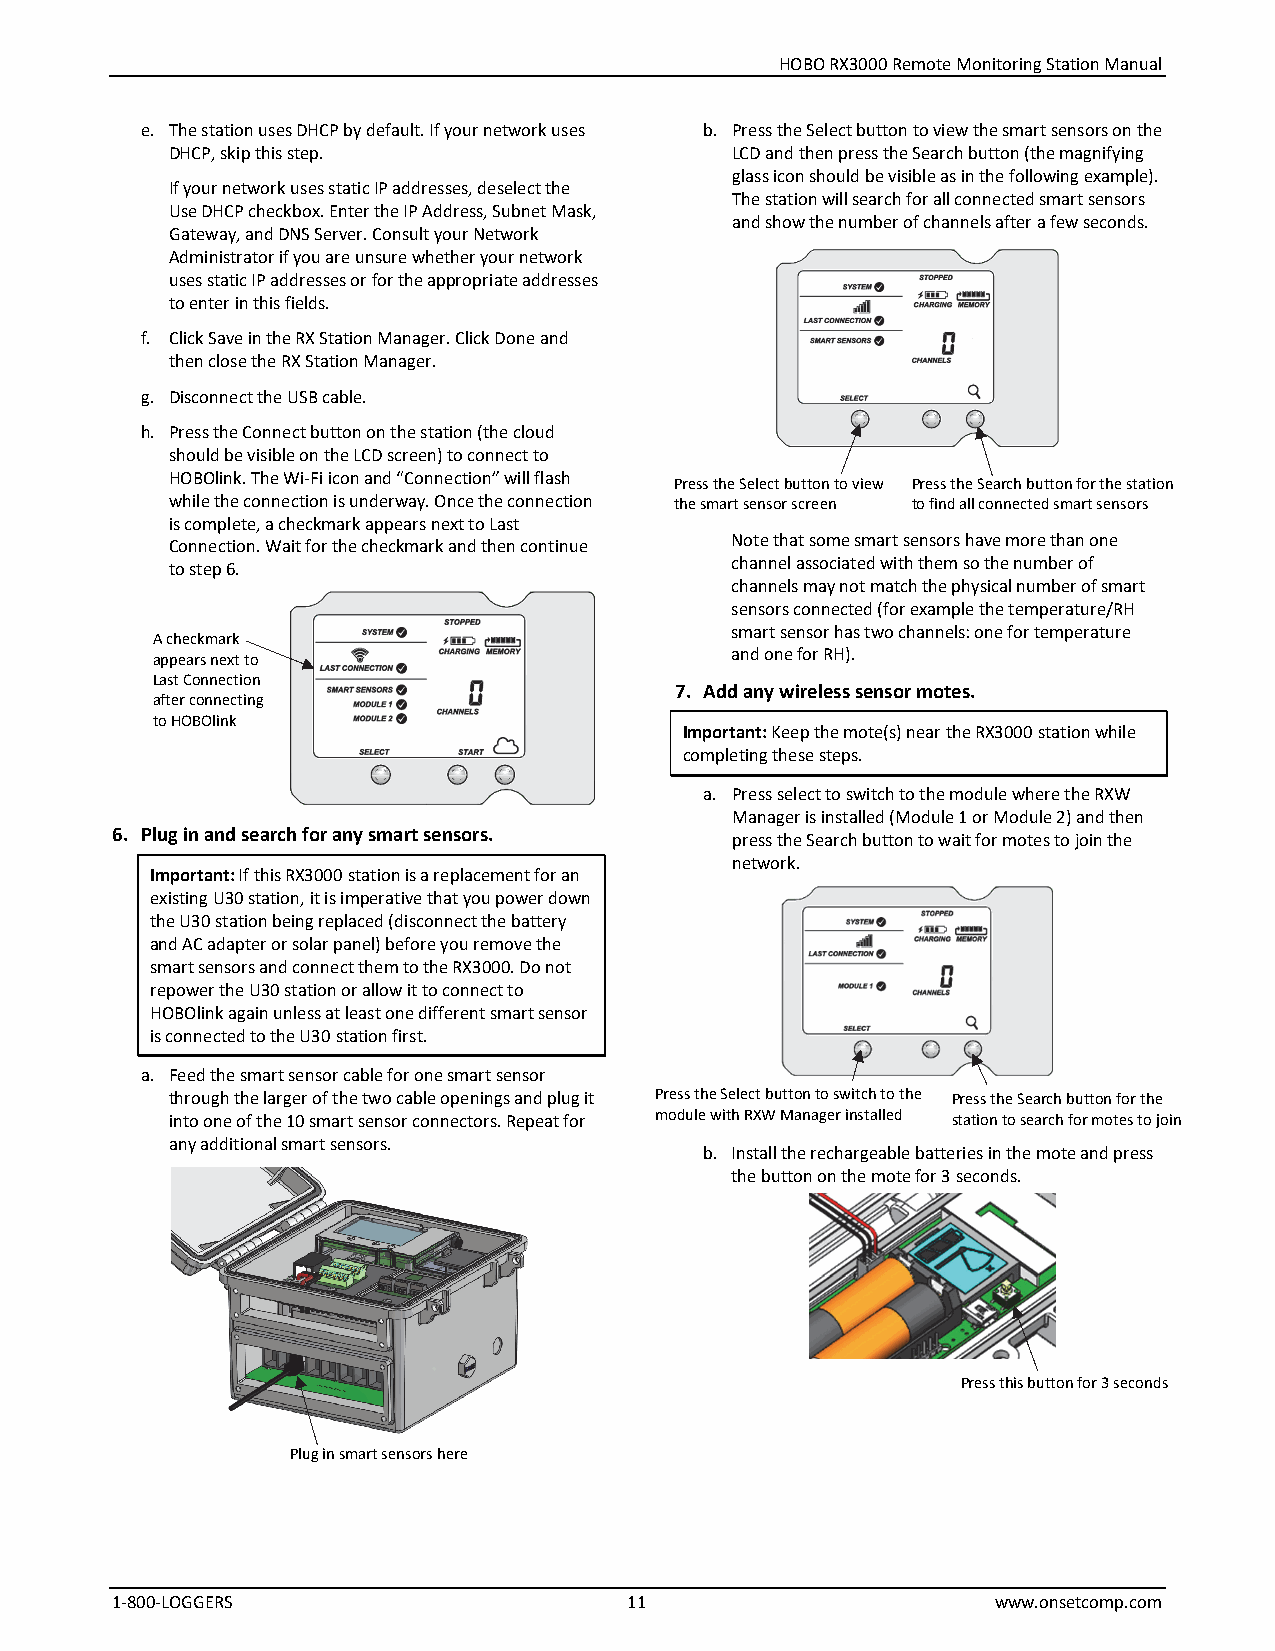
HOBO RX3000 Remote Monitoring Station Manual
 e. The station uses DHCP by default. If your network uses b. Press the Select button to view the smart sensors on the
 DHCP, skip this step.                LCD and then press the Search button (the magnifying
 glass icon should be visible as in the following example).
 If your network uses static IP addresses, deselect the
 The station will search for all connected smart sensors
 Use DHCP checkbox. Enter the IP Address, Subnet Mask,
 and show the number of channels after a few seconds.
 Gateway, and DNS Server. Consult your Network
 Administrator if you are unsure whether your network
 uses static IP addresses or for the appropriate addresses
 to enter in this fields.
 f. Click Save in the RX Station Manager. Click Done and
 then close the RX Station Manager.
 g. Disconnect the USB cable.
 h. Press the Connect button on the station (the cloud
 should be visible on the LCD screen) to connect to
 HOBOlink. The Wi-Fi icon and “Connection” will flash
 Press the Select button to view Press the Search button for the station
 while the connection is underway. Once the connection the smart sensor screen to find all connected smart sensors
 is complete, a checkmark appears next to Last
 Note that some smart sensors have more than one
 Connection. Wait for the checkmark and then continue
 channel associated with them so the number of
 to step 6.
 channels may not match the physical number of smart
 sensors connected (for example the temperature/RH
 smart sensor has two channels: one for temperature
 A checkmark
 appears next to                       and one for RH).
 Last Connection
 7. Add any wireless sensor motes.
 after connecting
 to HOBOlink
 Important: Keep the mote(s) near the RX3000 station while
 completing these steps.
 a. Press select to switch to the module where the RXW
 Manager is installed (Module 1 or Module 2) and then
 6. Plug in and search for any smart sensors.
 press the Search button to wait for motes to join the
 network.
 Important: If this RX3000 station is a replacement for an
 existing U30 station, it is imperative that you power down
 the U30 station being replaced (disconnect the battery
 and AC adapter or solar panel) before you remove the
 smart sensors and connect them to the RX3000. Do not
 repower the U30 station or allow it to connect to
 HOBOlink again unless at least one different smart sensor
 is connected to the U30 station first.
 a. Feed the smart sensor cable for one smart sensor
 through the larger of the two cable openings and plug it Press the Select button to switch to the Press the Search button for the
 into one of the 10 smart sensor connectors. Repeat for module with RXW Manager installed station to search for motes to join
 any additional smart sensors.
 b. Install the rechargeable batteries in the mote and press
 the button on the mote for 3 seconds.
 Press this button for 3 seconds
 Plug in smart sensors here
 1-800-LOGGERS                      11                      www.onsetcomp.com